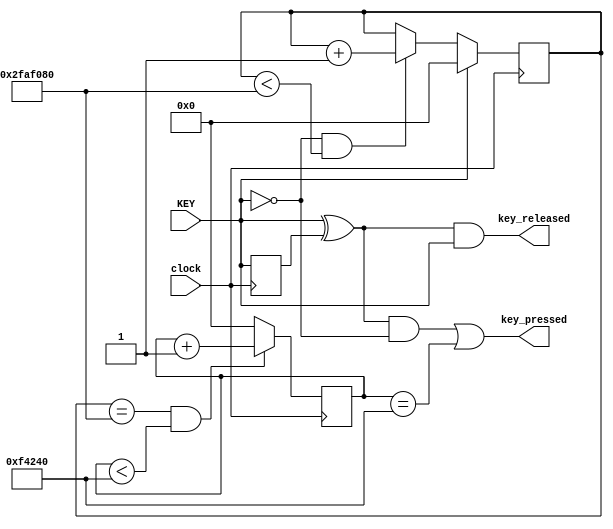
module key_controller(KEY, clock, key_pressed, key_released);
	parameter HOLD_INTERVAL   = 50000000;
	parameter REPEAT_INTERVAL =  1000000;

	input KEY, clock; 
	output key_pressed, key_released;

	// Always holds the previous value of the key. 
	reg key_prev;	
	// Clock ticks since the key was depressed. Limited to HOLD_INTERVAL. 
	reg[31:0] hold_timer; 
	// Clock ticks since the key was either depressed or last repeated. Limited to REPEAT_INTERVAL. 
	reg[31:0] repeat_timer;
	
	// The key has either just been pressed, or is being triggered to repeat. 
	assign key_pressed  = ((KEY ^ key_prev) & ~KEY) | key_repeat;
	// The key has just been released. 
	assign key_released = (KEY ^ key_prev) &  KEY; 
	// The key is currently being held down. 
	assign key_held   = hold_timer == HOLD_INTERVAL;
	// When the repeat timer hits the repeat interval, trigger a repeat. 
	assign key_repeat = repeat_timer == REPEAT_INTERVAL; 

	always @ (posedge clock)
	begin 		
		key_prev <= KEY; 
		
		if (KEY) 
			hold_timer <= 0; 
		else if (~KEY && hold_timer < HOLD_INTERVAL)
			hold_timer <= hold_timer + 1; 
		else 
			hold_timer <= hold_timer; 
		
		repeat_timer <= (key_held &&  repeat_timer < REPEAT_INTERVAL) ? repeat_timer + 1 : 0; 				
	end 
endmodule